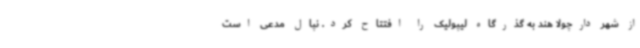
از شهر دارچولا هند به گذرگاه لیپولیک را افتتاح کرد. نپال مدعی است